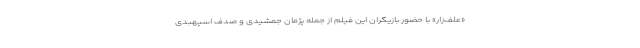
«علف‌زار» با حضور بازیگران این فیلم از جمله پژمان جمشیدی و صدف اسپهبدی